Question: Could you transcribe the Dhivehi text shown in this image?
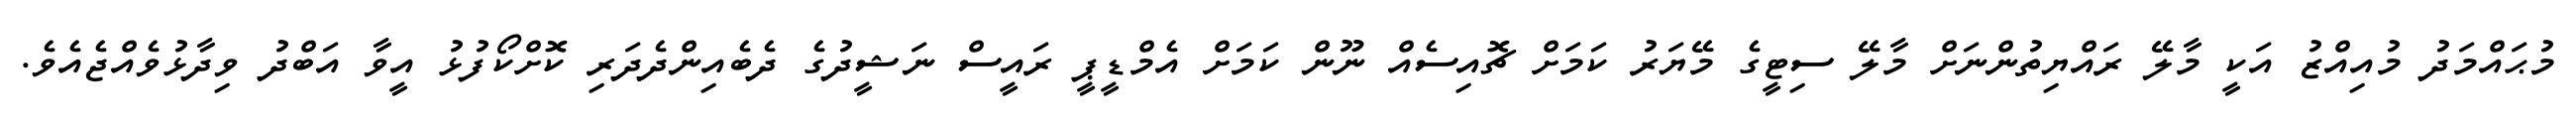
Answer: މުޙައްމަދު މުއިއްޒު އަކީ މާލޭ ރައްޔިތުންނަށް މާލޭ ސިޓީގެ މޭޔަރު ކަމަށް ޗޮއިސެއް ނޫން ކަމަށް އެމްޑީޕީ ރައީސް ނަޝީދުގެ ދެބެއިންދެދަރި ކޮށްކޯފުޅު އީވާ އަބްދު ވިދާޅުވެއްޖެއެވެ.